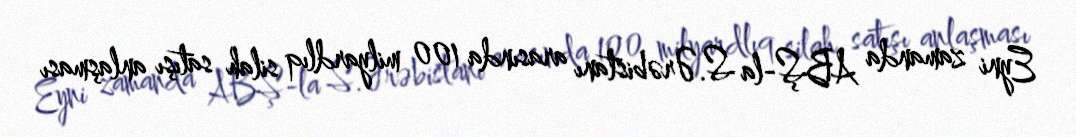
Eyni zamanda ABŞ-la S.Ərəbistanı arasında 100 milyardlıq silah satışı anlaşması